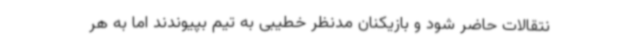
نتقالات حاضر شود و بازیکنان مدنظر خطیبی به تیم بپیوندند اما به هر